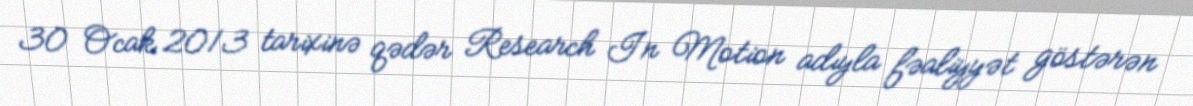
30 Ocak 2013 tarixinə qədər Research In Motion adıyla fəaliyyət göstərən